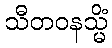
သီတဝနသ္မိံ